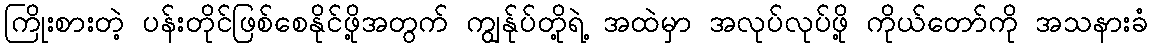
ကြိုးစားတဲ့ ပန်းတိုင်ဖြစ်စေနိုင်ဖို့အတွက် ကျွန်ုပ်တို့ရဲ့ အထဲမှာ အလုပ်လုပ်ဖို့ ကိုယ်တော်ကို အသနားခံ